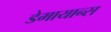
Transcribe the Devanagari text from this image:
डेमायान्स